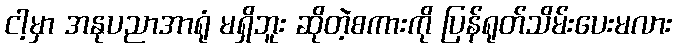
ငါ့မှာ အနုပညာအာရုံ မရှိဘူး ဆိုတဲ့စကားကို ပြန်ရုတ်သိမ်းပေးမလား